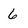
Character: 6